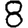
Digit: 8